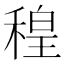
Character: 䅣